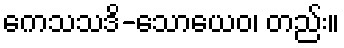
ကေသသဒိ-သောယေဝ၊ တည်း။